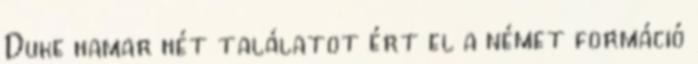
Duke hamar hét találatot ért el a német formáció